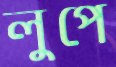
লুপে